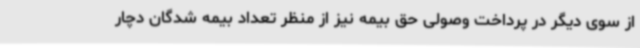
از سوی دیگر در پرداخت وصولی حق بیمه نیز از منظر تعداد بیمه شدگان دچار